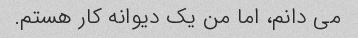
می دانم، اما من یک دیوانه کار هستم.